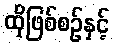
ထိုဖြစ်စဉ်နှင့်